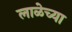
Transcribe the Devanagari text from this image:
लाळेच्या